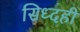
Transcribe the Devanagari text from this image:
सिध्दही